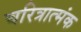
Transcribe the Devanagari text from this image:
चरित्रात्मंक